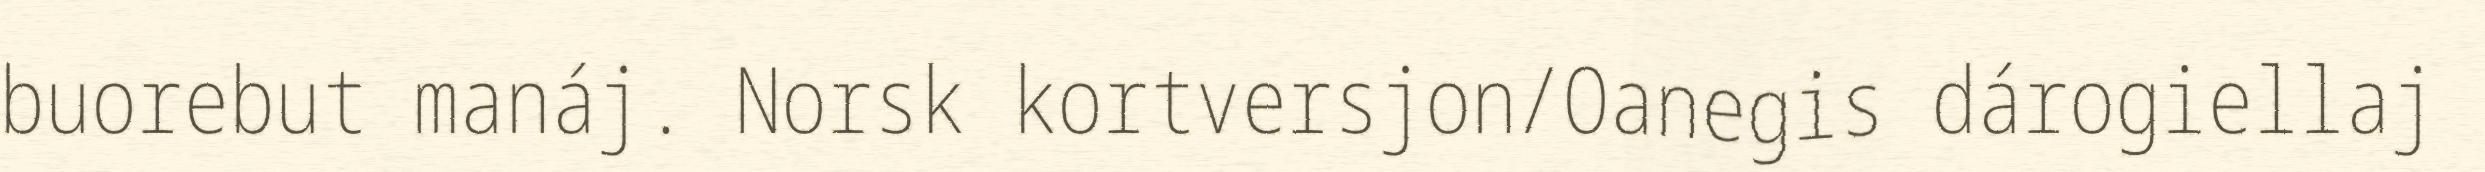
buorebut manáj. Norsk kortversjon/Oanegis dárogiellaj